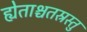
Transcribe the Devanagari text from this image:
ह्येताश्चतस्रस्तु